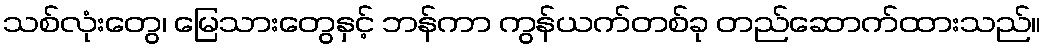
သစ်လုံးတွေ၊ မြေသားတွေနှင့် ဘန်ကာ ကွန်ယက်တစ်ခု တည်ဆောက်ထားသည်။